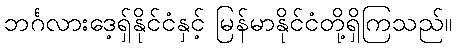
ဘင်္ဂလားဒေ့ရှ်နိုင်ငံနှင့် မြန်မာနိုင်ငံတို့ရှိကြသည်။